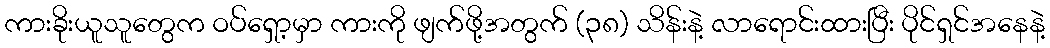
ကားခိုးယူသူတွေက ဝပ်ရှော့မှာ ကားကို ဖျက်ဖို့အတွက် (၃၈) သိန်းနဲ့ လာရောင်းထားပြီး ပိုင်ရှင်အနေနဲ့